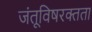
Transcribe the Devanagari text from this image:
जंतूविषरक्तता